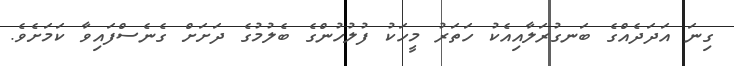
ގިނަ އަދަދެއްގެ ބަނގުރަލާއިއެކު ހަތަރު މީހަކު ފުލުހުންގެ ބެލުމުގެ ދަށަށް ގެނެސްފައިވާ ކަމަށެވެ.